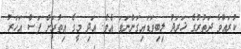
ކުރައްވާ ދަތުރުގެ ޚަރަދު ލިބިވަޑައިގަންނަވަ އެވެ. އަދި މީގެ އިތުރަށް ފަސް އަހަރު